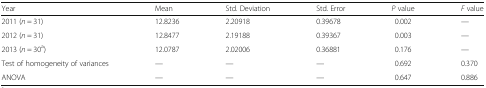
<table><thead><tr><td><b>Year</b></td><td><b>Mean</b></td><td><b>Std. Deviation</b></td><td><b>Std. Error</b></td><td><b><i>P</i> value</b></td><td><b><i>F</i> value</b></td></tr></thead><tbody><tr><td>2011 (<i>n</i> = 31)</td><td>12.8236</td><td>2.20918</td><td>0.39678</td><td>0.002</td><td>—</td></tr><tr><td>2012 (<i>n</i> = 31)</td><td>12.8477</td><td>2.19188</td><td>0.39367</td><td>0.003</td><td>—</td></tr><tr><td>2013 (<i>n</i> = 30<sup>a</sup>)</td><td>12.0787</td><td>2.02006</td><td>0.36881</td><td>0.176</td><td>—</td></tr><tr><td>Test of homogeneity of variances</td><td>—</td><td>—</td><td>—</td><td>0.692</td><td>0.370</td></tr><tr><td>ANOVA</td><td>—</td><td>—</td><td>—</td><td>0.647</td><td>0.886</td></tr></tbody></table>